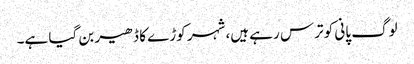
لوگ پانی کو ترس رہے ہیں، شہر کوڑے کا ڈھیر بن گیا ہے۔